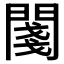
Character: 𨵊